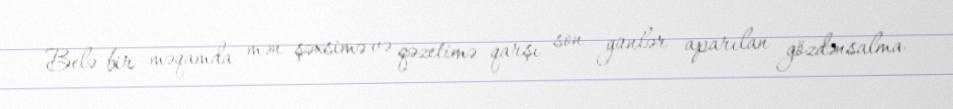
Belə bir məqamda mən şəxsimə və qəzetimə qarşı son günlər aparılan gözdənsalma